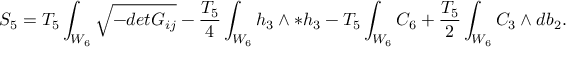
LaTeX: S _ { 5 } = T _ { 5 } \int _ { W _ { 6 } } \sqrt { - d e t G _ { i j } } - { \frac { T _ { 5 } } { 4 } } \int _ { W _ { 6 } } h _ { 3 } \wedge * h _ { 3 } - T _ { 5 } \int _ { W _ { 6 } } C _ { 6 } + { \frac { T _ { 5 } } { 2 } } \int _ { W _ { 6 } } C _ { 3 } \wedge d b _ { 2 } .